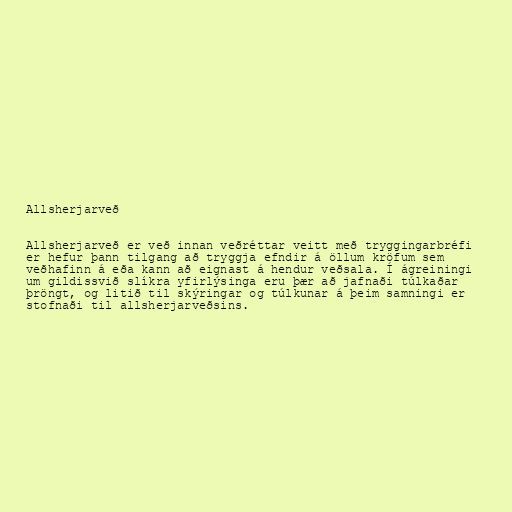
Allsherjarveð

Allsherjarveð er veð innan veðréttar veitt með tryggingarbréfi
er hefur þann tilgang að tryggja efndir á öllum kröfum sem
veðhafinn á eða kann að eignast á hendur veðsala. Í ágreiningi
um gildissvið slíkra yfirlýsinga eru þær að jafnaði túlkaðar
þröngt, og litið til skýringar og túlkunar á þeim samningi er
stofnaði til allsherjarveðsins.